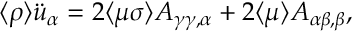
\langle \rho \rangle \ddot { u } _ { \alpha } = 2 \langle \mu \sigma \rangle A _ { \gamma \gamma , \alpha } + 2 \langle \mu \rangle A _ { \alpha \beta , \beta } ,